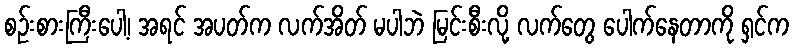
စဉ်းစားကြီးပေါ့၊ အရင် အပတ်က လက်အိတ် မပါဘဲ မြင်းစီးလို့ လက်တွေ ပေါက်နေတာကို ရှင်က